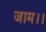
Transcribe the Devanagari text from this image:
जाम।।